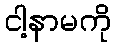
ငါ့နာမကို